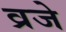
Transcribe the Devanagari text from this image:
व्रजे